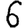
Digit: 6